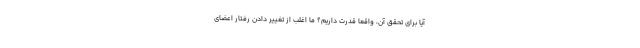
آیا برای تحقق آن، واقعاً قدرت داریم؟ ما اغلب از تغییر دادن رفتار اعضای